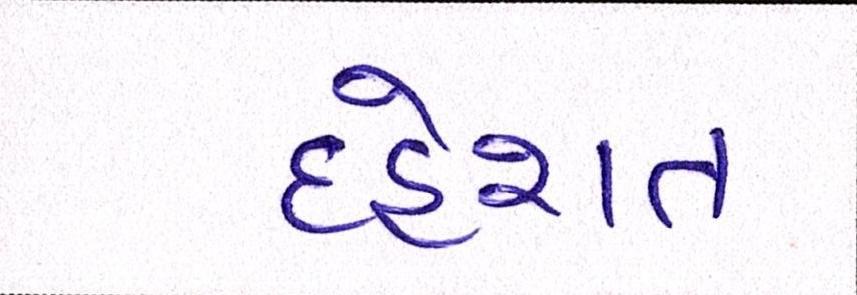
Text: દહેશત